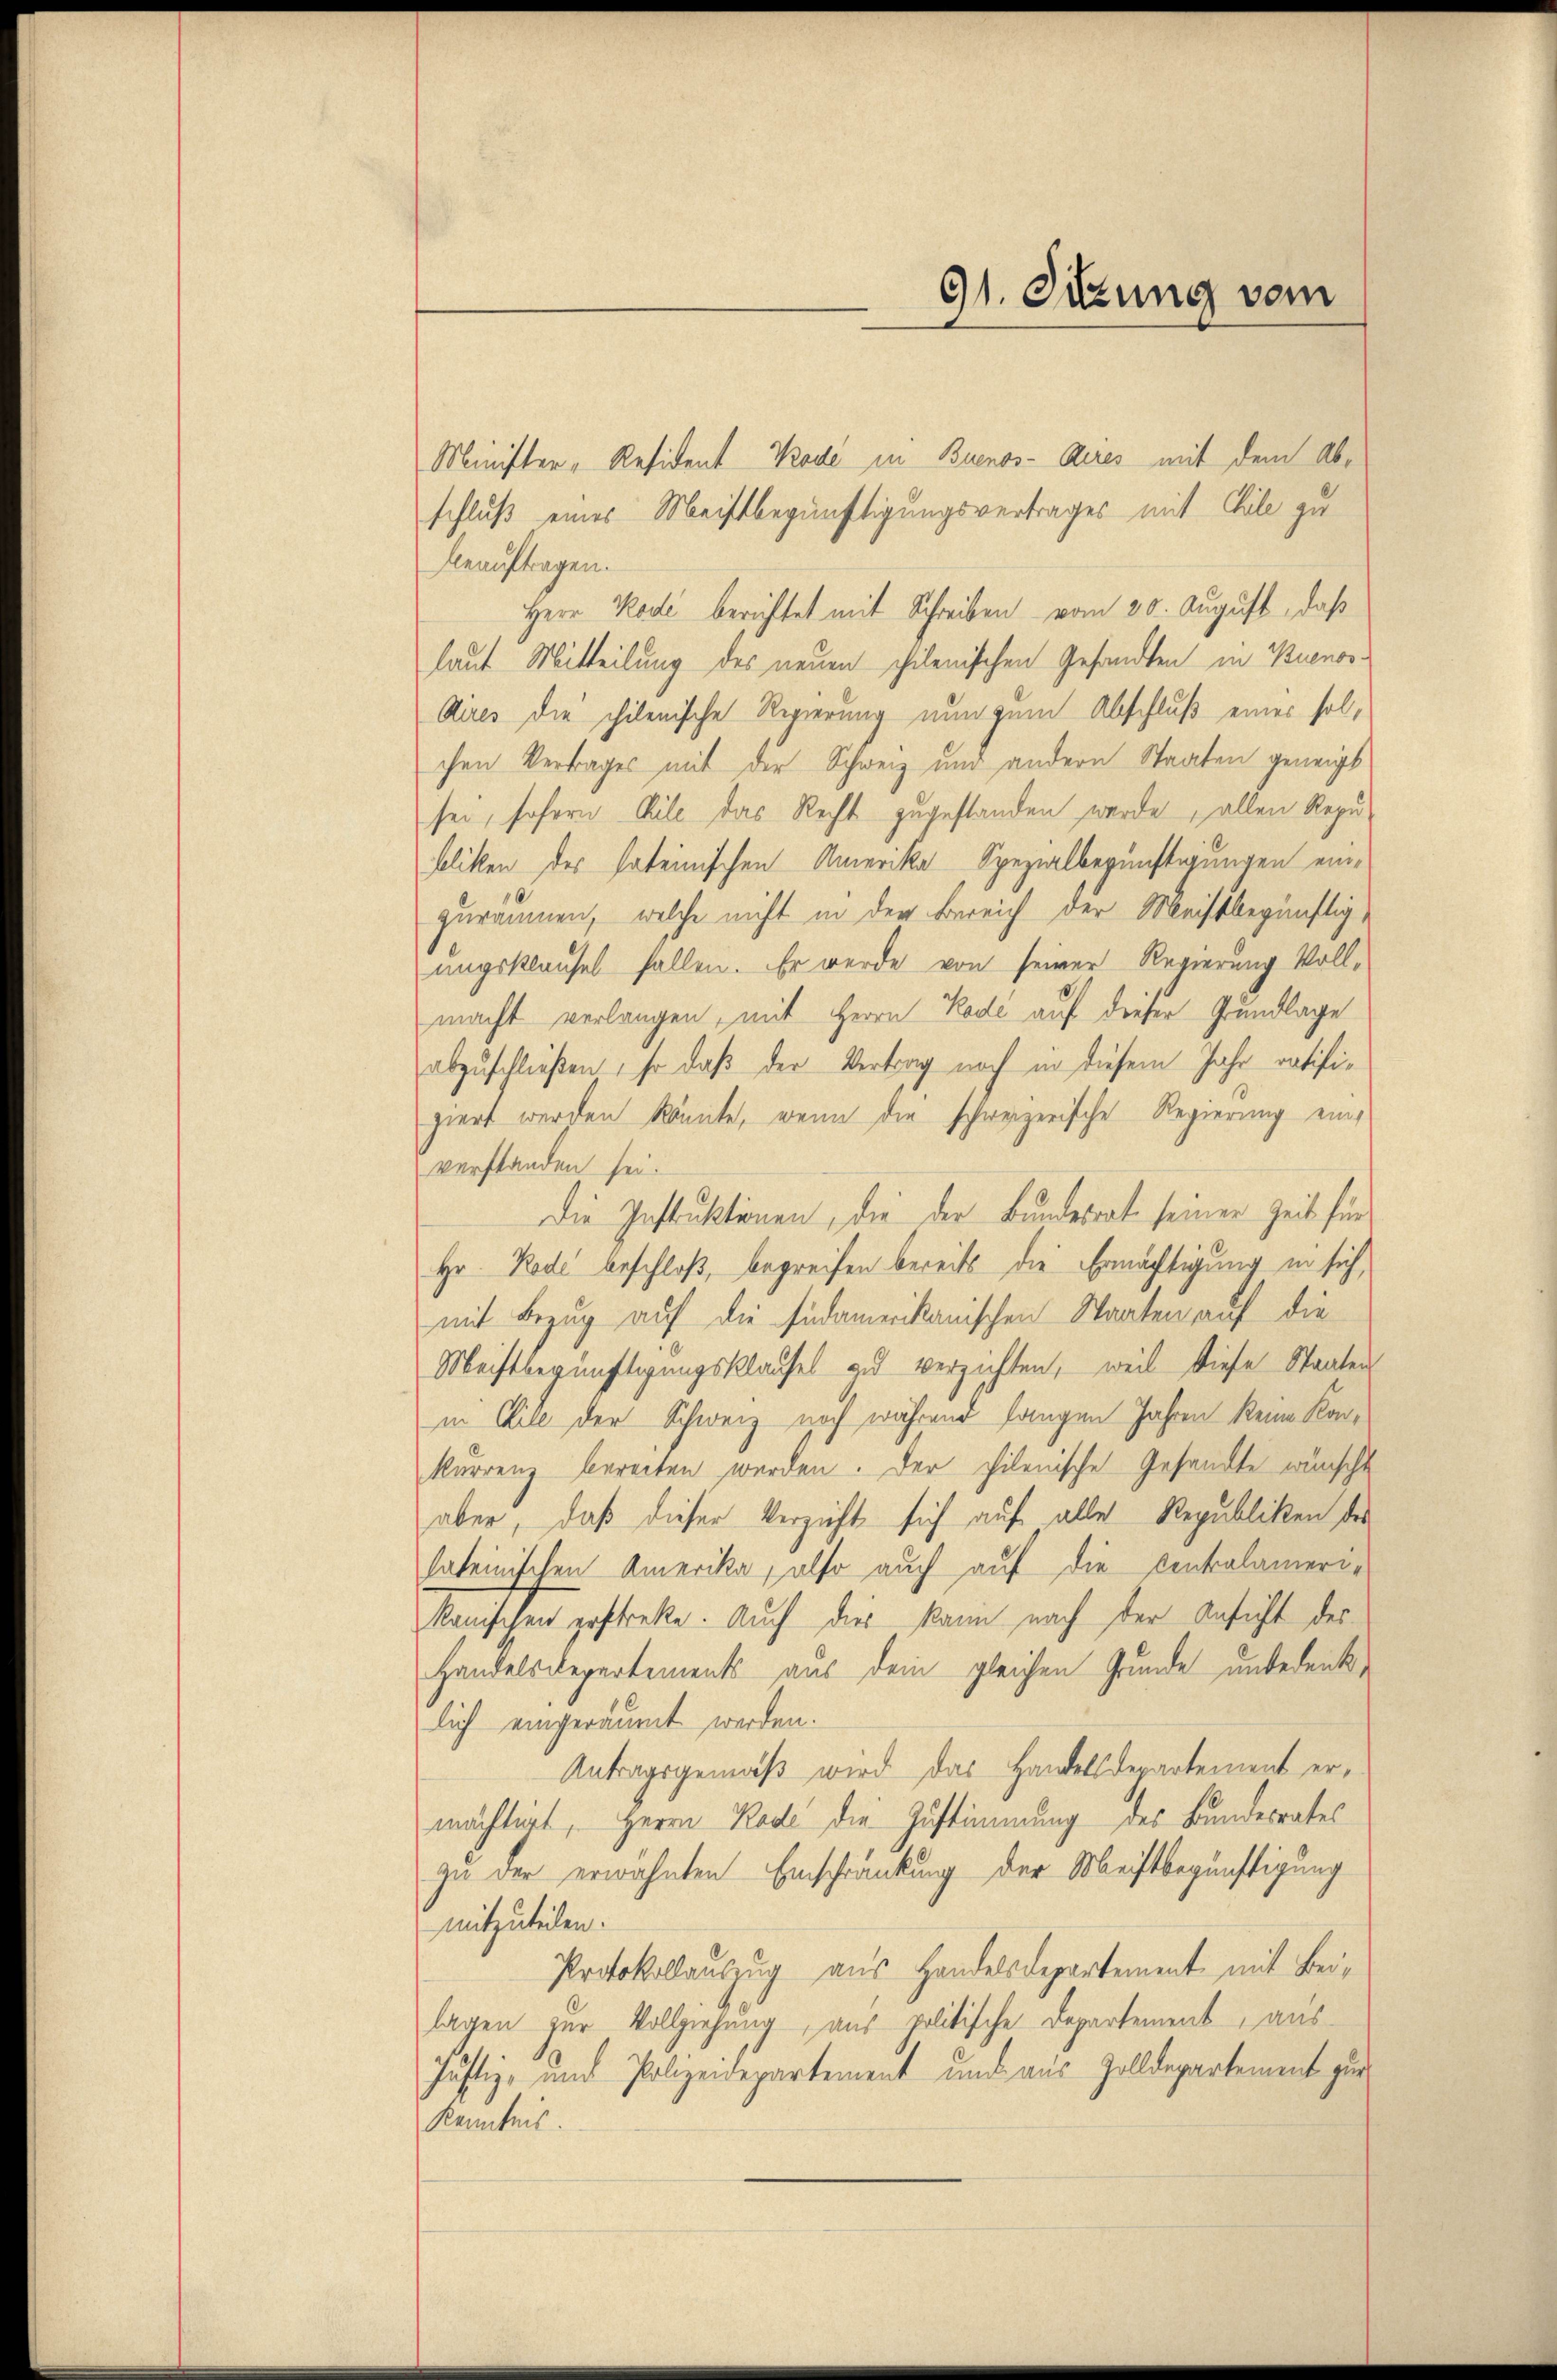
91. Sizung vom

Minister, Resident Kode in Buenos-Ayres mit dem Abschluß eines Meistbegünftigungsvertrages mit Eile zu
beauftragen.
Herr Kode berichtet mit Schreiben vom 20. August, daß
laut Mitteilung des neuen chilenischen Gesandten in Buenos¬
Aires die chilenische Regierung nun zum Abschluß eines solchen Vertrages mit der Schweiz und andern Staaten geneigt
sei, sofern Kile das Recht zugestanden werde, allen Repu-
bliken des sateinischen Amerika Spezialbegünstigungen einzuräumen, welche nicht in der Bereich der Meistbegünstig,
ungsklausel fallen. Er werde von seiner Regierung Voll-
macht verlangen, mit Herrn Kode auf dieser Grundlage
abzuschließen, so daß der Vertrag noch in diesem Jahr ratifigiert werden könnte, wenn die schweizerische Regierung einverstanden sei.
Die Instruktionen, die der Bundesrat seiner Zeit für
Hr. Rode beschloß, begreifen bereits die Ermächtigung in sich,
mit Bezug auf die südamerikanischen Staaten auf die
Meistbegünftigungsklausel zu verzichten, weil diese Staaten
in Eile der Schweiz noch während langen Jahren keine Konkarrenz bereiten werden. Der philenische Gesandte wünscht
aber, daß dieser Verzicht sich auf alle Republiken des
lateinischen Amerika, also auch auf die Centralameri-
kanischen gestreke. Auch dies kann nach der Ansicht des
Handelsdepartements aus dem gleichen Grunde unbedenklich eingeräumet werden.
Antragsgemäß wird das Handelsdepartement ermächtigt, Herrn Rade die Zustimmung des Bundesrates
zu der erwähnten Einschränkung der Meistbegünstigung
mitzuteilen.
Protokollauszug aus Handelsdepartement mit Beilagen zur Vollziehung, aus politische Departement, aus
Justiz- und Polizeidepartement und aus Zolldepartement zur
Kenntnis.